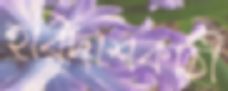
হরিদাশকাঠী